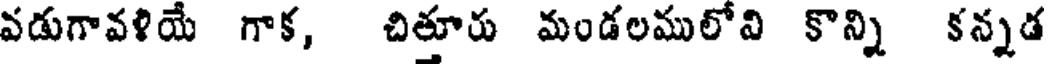
వడుగావళియే గాక, చిత్తూరు మండలములోవి కొన్ని కన్నడ